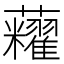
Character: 𧅛